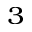
^ 3